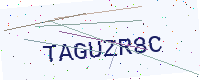
Text: TAGUZR8C